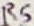
Text: R5